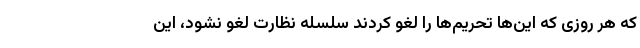
که هر روزی که این‌ها تحریم‌ها را لغو کردند سلسله نظارت لغو نشود، این